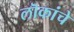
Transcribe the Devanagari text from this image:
लॊकांचे